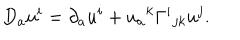
LaTeX: D _ { a } u ^ { i } = \partial _ { a } u ^ { i } + u _ { a } { } ^ { k } \Gamma ^ { i } { } _ { j k } u ^ { j } .